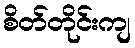
စိတ်တိုင်းကျ